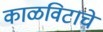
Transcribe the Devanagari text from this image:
काळविटाचे